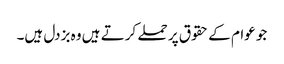
جو عوام کے حقوق پر حملے کرتے ہیں وہ بزدل ہیں۔